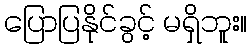
ပြောပြနိုင်ခွင့် မရှိဘူး။